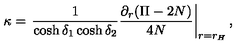
\kappa = \left. { \frac { 1 } { \cosh \delta _ { 1 } \cosh \delta _ { 2 } } } { \frac { \partial _ { r } ( \Pi - 2 N ) } { 4 N } } \right| _ { r = r _ { H } } ,